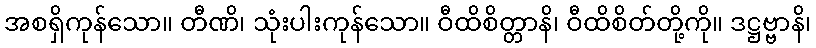
အစရှိကုန်သော။ တီဏိ၊ သုံးပါးကုန်သော။ ဝီထိစိတ္တာနိ၊ ဝီထိစိတ်တို့ကို။ ဒဋ္ဌဗ္ဗာနိ၊